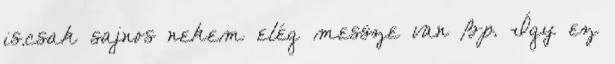
is.csak sajnos nekem elég messze van Bp. Így ez